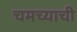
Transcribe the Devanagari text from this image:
चमच्याची